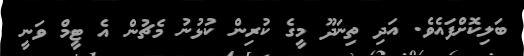
ބަލިކޮށްފައެވެ. އަދި ތިނަދޫ މީގެ ކުރިން ކުޅުނު މެޗުން އެ ޓީމް ވަނީ